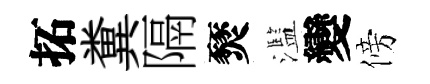
拓糞隔燹濫變傍